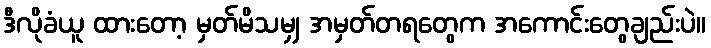
ဒီလိုခံယူ ထားတော့ မှတ်မိသမျှ အမှတ်တရတွေက အကောင်းတွေချည်းပဲ။